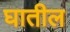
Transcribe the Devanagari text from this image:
घातील